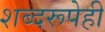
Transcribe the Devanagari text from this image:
शब्दरूपेही